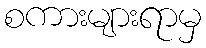
စကားများရာမှ